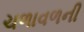
ચળાવળની